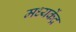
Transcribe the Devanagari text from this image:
मध्यकेंद्र